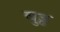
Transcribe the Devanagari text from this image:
बुड्ढ